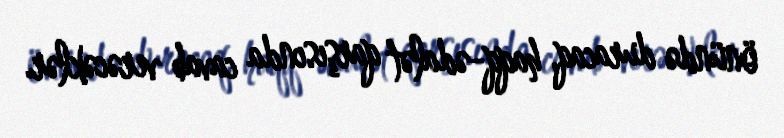
önündə duracaq, haqq-ədalət qarşısında cavab verəcəklər.